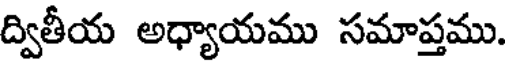
ద్వితీయ అధ్యాయము సమాప్తము.